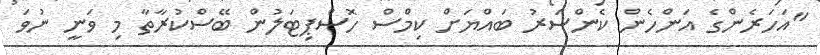
"އަހަރެންގެ އަންހެން ކެންސަރު ބައްޔަށް ކިމްސް ހޮސްޕިޓަލުން ބޭސްކުރާތާ މި ވަނީ ނުވަ